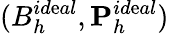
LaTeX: (B_{h}^{id\mathrm{e}al},{\mathbf{P}}_{h}^{id\mathrm{e}al})